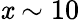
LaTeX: \mathit{x}\sim10